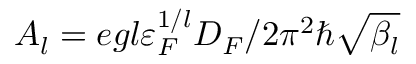
A _ { l } = e g l \varepsilon _ { F } ^ { 1 / l } D _ { F } / 2 \pi ^ { 2 } \hbar \sqrt { \beta _ { l } }